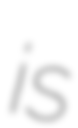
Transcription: is